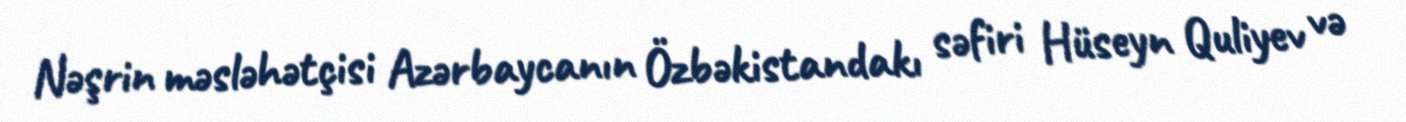
Nəşrin məsləhətçisi Azərbaycanın Özbəkistandakı səfiri Hüseyn Quliyev və